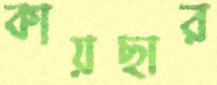
কায়ছার